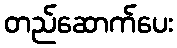
တည်ဆောက်ပေး